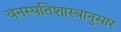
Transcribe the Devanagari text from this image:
वनस्पतिशास्त्रानुसार